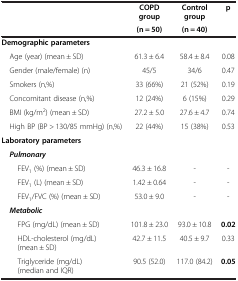
<table><thead><tr><td rowspan="2"><b> </b></td><td><b>COPD group</b></td><td><b>Control group</b></td><td rowspan="2"><b>p</b></td></tr><tr><td><b>(n = 50)</b></td><td><b>(n = 40)</b></td></tr></thead><tbody><tr><td><b>Demographic parameters</b></td><td> </td><td> </td><td> </td></tr><tr><td> Age (year) (mean ± SD)</td><td>61.3 ± 6.4</td><td>58.4 ± 8.4</td><td>0.08</td></tr><tr><td> Gender (male/female) (n)</td><td>45/5</td><td>34/6</td><td>0.47</td></tr><tr><td> Smokers (n,%)</td><td>33 (66%)</td><td>21 (52%)</td><td>0.19</td></tr><tr><td> Concomitant disease (n,%)</td><td>12 (24%)</td><td>6 (15%)</td><td>0.29</td></tr><tr><td> BMI (kg/m<sup>2</sup>) (mean ± SD)</td><td>27.2 ± 5.0</td><td>27.6 ± 4.7</td><td>0.74</td></tr><tr><td> High BP (BP &gt; 130/85 mmHg) (n,%)</td><td>22 (44%)</td><td>15 (38%)</td><td>0.53</td></tr><tr><td><b>Laboratory parameters</b></td><td> </td><td> </td><td> </td></tr><tr><td> <b><i>Pulmonary</i></b></td><td> </td><td> </td><td> </td></tr><tr><td>FEV<sub>1</sub> (%) (mean ± SD)</td><td>46.3 ± 16.8</td><td>-</td><td>-</td></tr><tr><td>FEV<sub>1</sub> (L) (mean ± SD)</td><td>1.42 ± 0.64</td><td>-</td><td>-</td></tr><tr><td>FEV<sub>1</sub>/FVC (%) (mean ± SD)</td><td>53.0 ± 9.0</td><td>-</td><td>-</td></tr><tr><td> <b><i>Metabolic</i></b></td><td> </td><td> </td><td> </td></tr><tr><td>FPG (mg/dL) (mean ± SD)</td><td>101.8 ± 23.0</td><td>93.0 ± 10.8</td><td><b>0.02</b></td></tr><tr><td>HDL-cholesterol (mg/dL) (mean ± SD)</td><td>42.7 ± 11.5</td><td>40.5 ± 9.7</td><td>0.33</td></tr><tr><td>Triglyceride (mg/dL) (median and IQR)</td><td>90.5 (52.0)</td><td>117.0 (84.2)</td><td><b>0.05</b></td></tr></tbody></table>